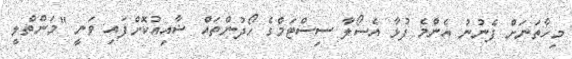
މިހާތަނަށް ފެނުނު އެންމެ ފުޅާ އެސޯލާ ސިސްޓަމްގެ ހޯދުންތައް ޝާއިއުކޮށްފައި ވަނީ "މަންތްލީ